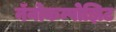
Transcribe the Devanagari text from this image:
नॅनोकम्पोझिट